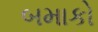
બમાકો